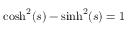
{ \mathrm { c o s h } } ^ { 2 } ( s ) - { \mathrm { s i n h } } ^ { 2 } ( s ) = 1